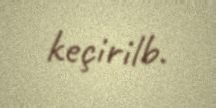
keçirilb.